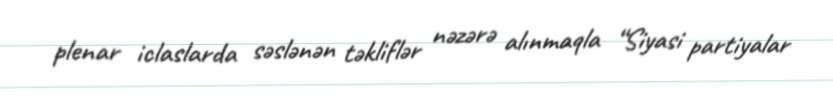
plenar iclaslarda səslənən təkliflər nəzərə alınmaqla “Siyasi partiyalar